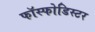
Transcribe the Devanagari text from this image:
फॉस्फोडिस्टर